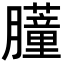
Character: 𬛞